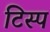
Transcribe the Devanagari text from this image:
टिस्प